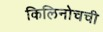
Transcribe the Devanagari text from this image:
किलिनोचची